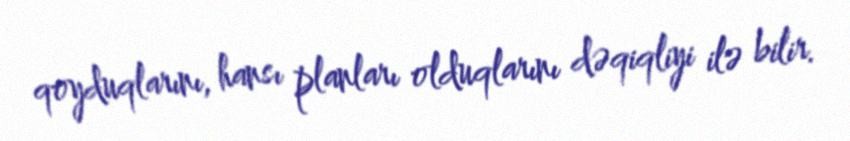
qoyduqlarını, hansı planları olduqlarını dəqiqliyi ilə bilir.